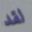
لقد